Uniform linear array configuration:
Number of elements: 4
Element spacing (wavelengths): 1
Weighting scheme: hann
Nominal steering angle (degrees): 45
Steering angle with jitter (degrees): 46.924
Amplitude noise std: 0.05
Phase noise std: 0.05

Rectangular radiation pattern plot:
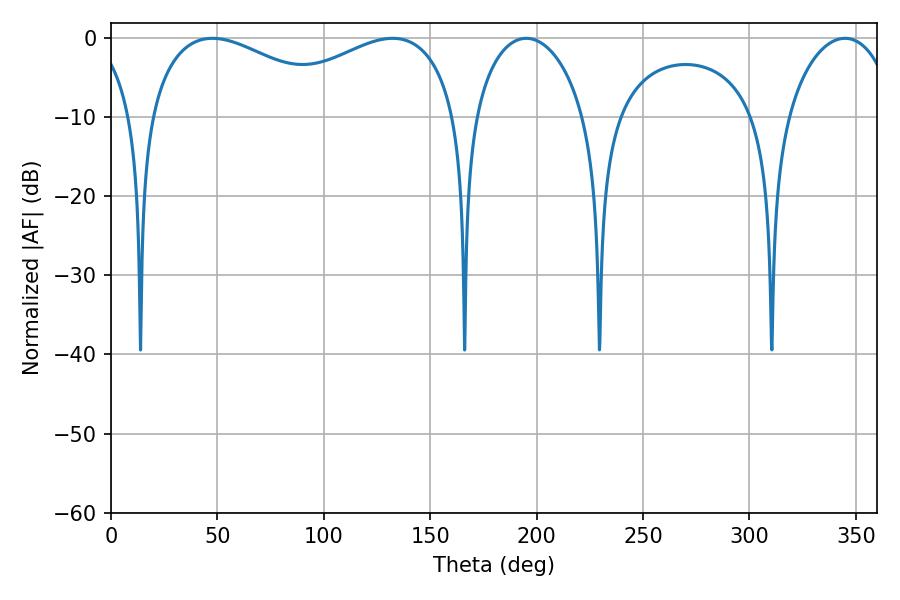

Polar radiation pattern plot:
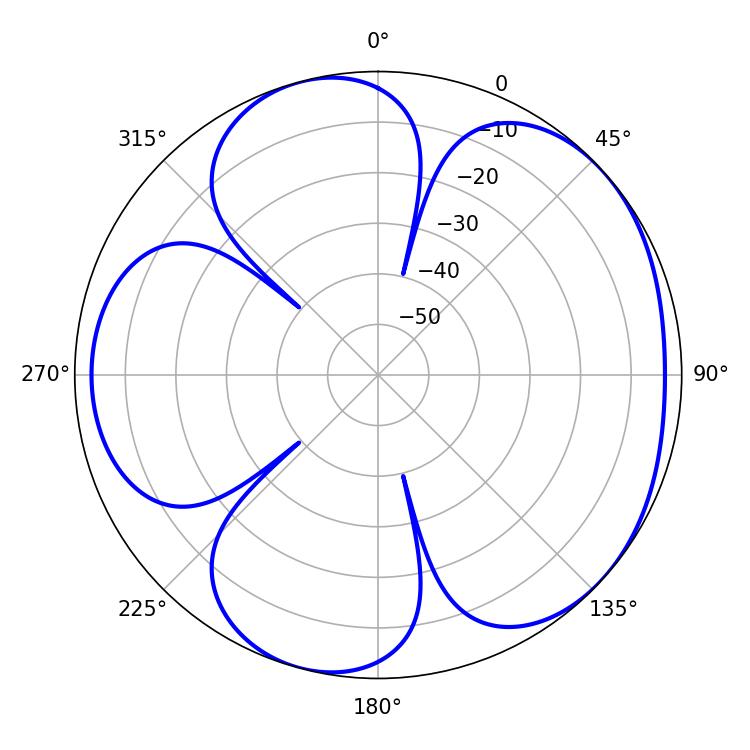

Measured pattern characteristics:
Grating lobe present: TRUE
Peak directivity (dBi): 4.778
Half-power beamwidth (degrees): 29.88
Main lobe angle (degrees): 195.12